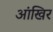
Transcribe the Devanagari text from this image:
आंखिर